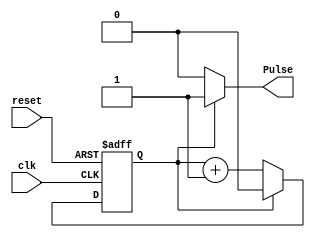


module Up_Counter
#(
	// Parameter Declarations
	parameter Half_Period = 2,
	parameter NBits=CeilLog2(Half_Period)
	
)

(
	// Input Ports
	input clk, reset,
	
	output Pulse

);

reg Max;
reg[NBits-1:0] Count;
always @ (posedge clk or negedge reset) begin
		if (reset==1'b0)
			Count = {NBits{1'b0}};
		else begin
				if(Count==Half_Period-1)
					Count= {NBits{1'b0}};
				else
					Count = Count + 1'b1;
		end
	end

//--------------------------------------------------------------------------------------------

always@(Count)
	begin
			 if (Count == Half_Period-1)
				Max = 1'b1;
			else 
				Max = 1'b0;
	end
//----------------------------------------------------------------------------------------------
assign Pulse = Max;
 /*--------------------------------------------------------------------*/
 /*--------------------------------------------------------------------*/
 /*--------------------------------------------------------------------*/
   
 /*Log Function*/
     function integer CeilLog2;
       input integer data;
       integer i,result;
       begin
          for(i=0; 2**i < data; i=i+1)
             result = i + 1;
          CeilLog2 = result;
       end
    endfunction

/*--------------------------------------------------------------------*/
 /*--------------------------------------------------------------------*/
 /*--------------------------------------------------------------------*/
endmodule